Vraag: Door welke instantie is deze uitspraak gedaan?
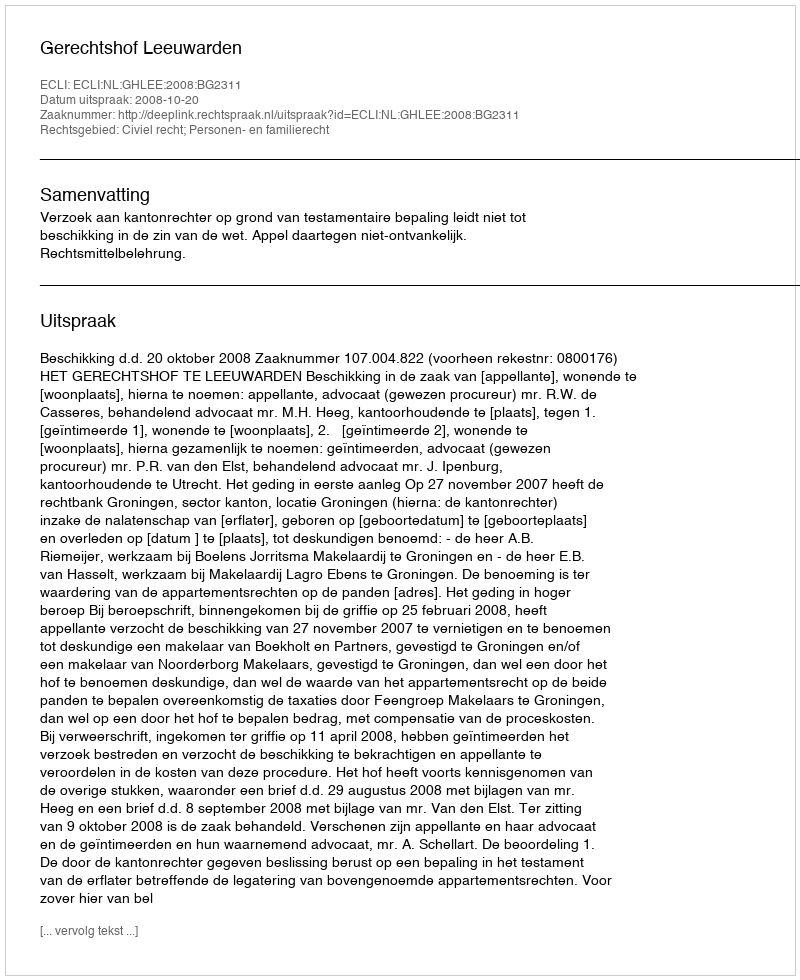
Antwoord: Gerechtshof Leeuwarden